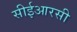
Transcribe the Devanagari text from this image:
सीईआरसी